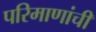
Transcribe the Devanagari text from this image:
परिमाणांची